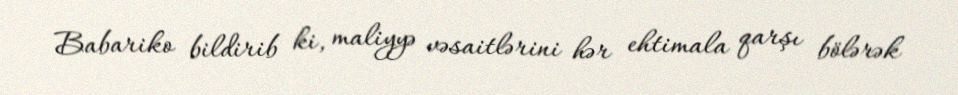
Babariko bildirib ki, maliyyə vəsaitlərini hər ehtimala qarşı bölərək